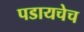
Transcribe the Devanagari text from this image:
पडायचेच